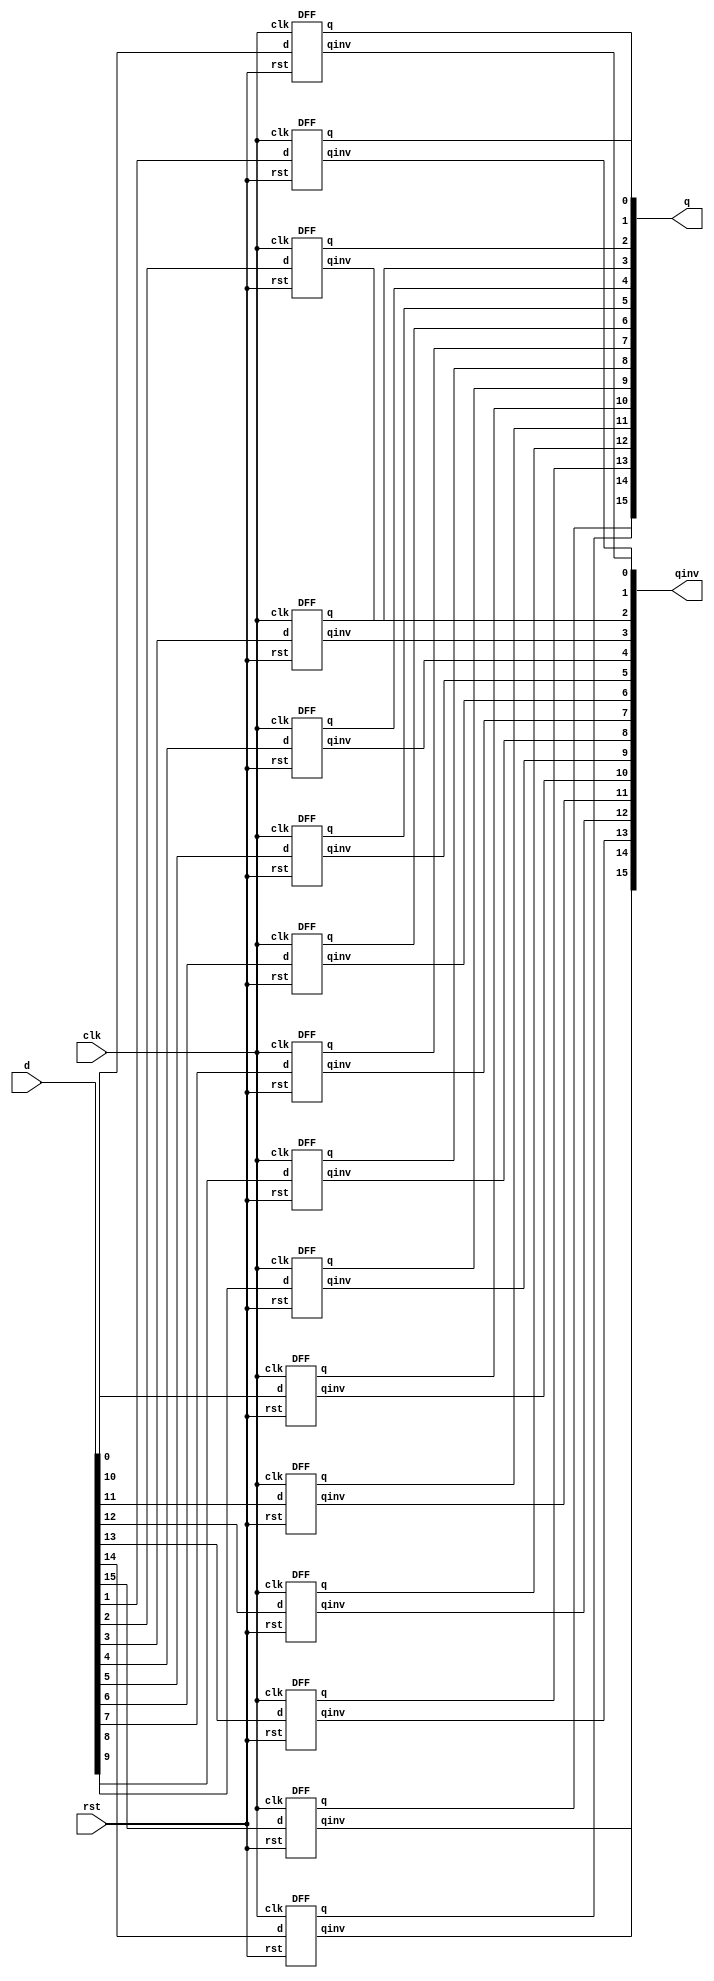
`timescale 1ns / 1ps
//////////////////////////////////////////////////////////////////////////////////
// Company: 
// Engineer: 
// 
// Design Name: 
// Module Name:    instruction_register 
// Project Name: 
// Target Devices: 
// Tool versions: 
// Description: 
//
// Dependencies: 
//
// Revision: 
// Revision 0.01 - File Created
// Additional Comments: 
//
//////////////////////////////////////////////////////////////////////////////////
module instruction_register(q, qinv, clk, d, rst);
 input rst,clk;
    input [15:0] d;
    output [15:0] q,qinv;
   
genvar i;
generate
  for(i=0; i<16; i=i+1) 
  begin : rega
    DFF dff1(q[i],qinv[i],clk,d[i],rst);
  end
endgenerate

endmodule

//////////////////////////////////////////////////////////////////////////////////
module DFF(q,qinv,clk,d,rst);
    input  clk;
	 input  d;
    input rst;
	 output q;
	 output qinv;
	 wire x1,x2,x3,x4,x5,x6,x7,x8,x9,x10,x11,x12;
    
	 My_NAND nand1(x3,x1,x2);
	 My_NAND nand2(x4,x3,clk);
	 My_NAND nand3(x5,x4,x4);
	 My_NAND nand4(x2,x5,rst);
	 My_NAND nand5(x6,x2,clk);
	 My_NAND nand6(x7,x6,x6);
	 My_NAND nand7(x8,x7,x1);
	 My_NAND nand8(x9,x8,d);
	 My_NAND nand9(x10,x9,x9);
	 My_NAND nand10(x1,x10,rst);
	 My_NAND nand11(q,x2,qinv);
	 My_NAND nand12(x11,q,x8);
	 My_NAND nand13(x12,x11,x11);
	 My_NAND nand14(qinv,x12,rst);
	 
	endmodule
//////////////////////////////////////////////////////////////////////

module My_NAND(out,in1,in2);
    input in1;
    input in2;
    output out;
    assign out=~(in1&in2);

endmodule